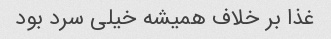
غذا بر خلاف همیشه خیلی سرد بود